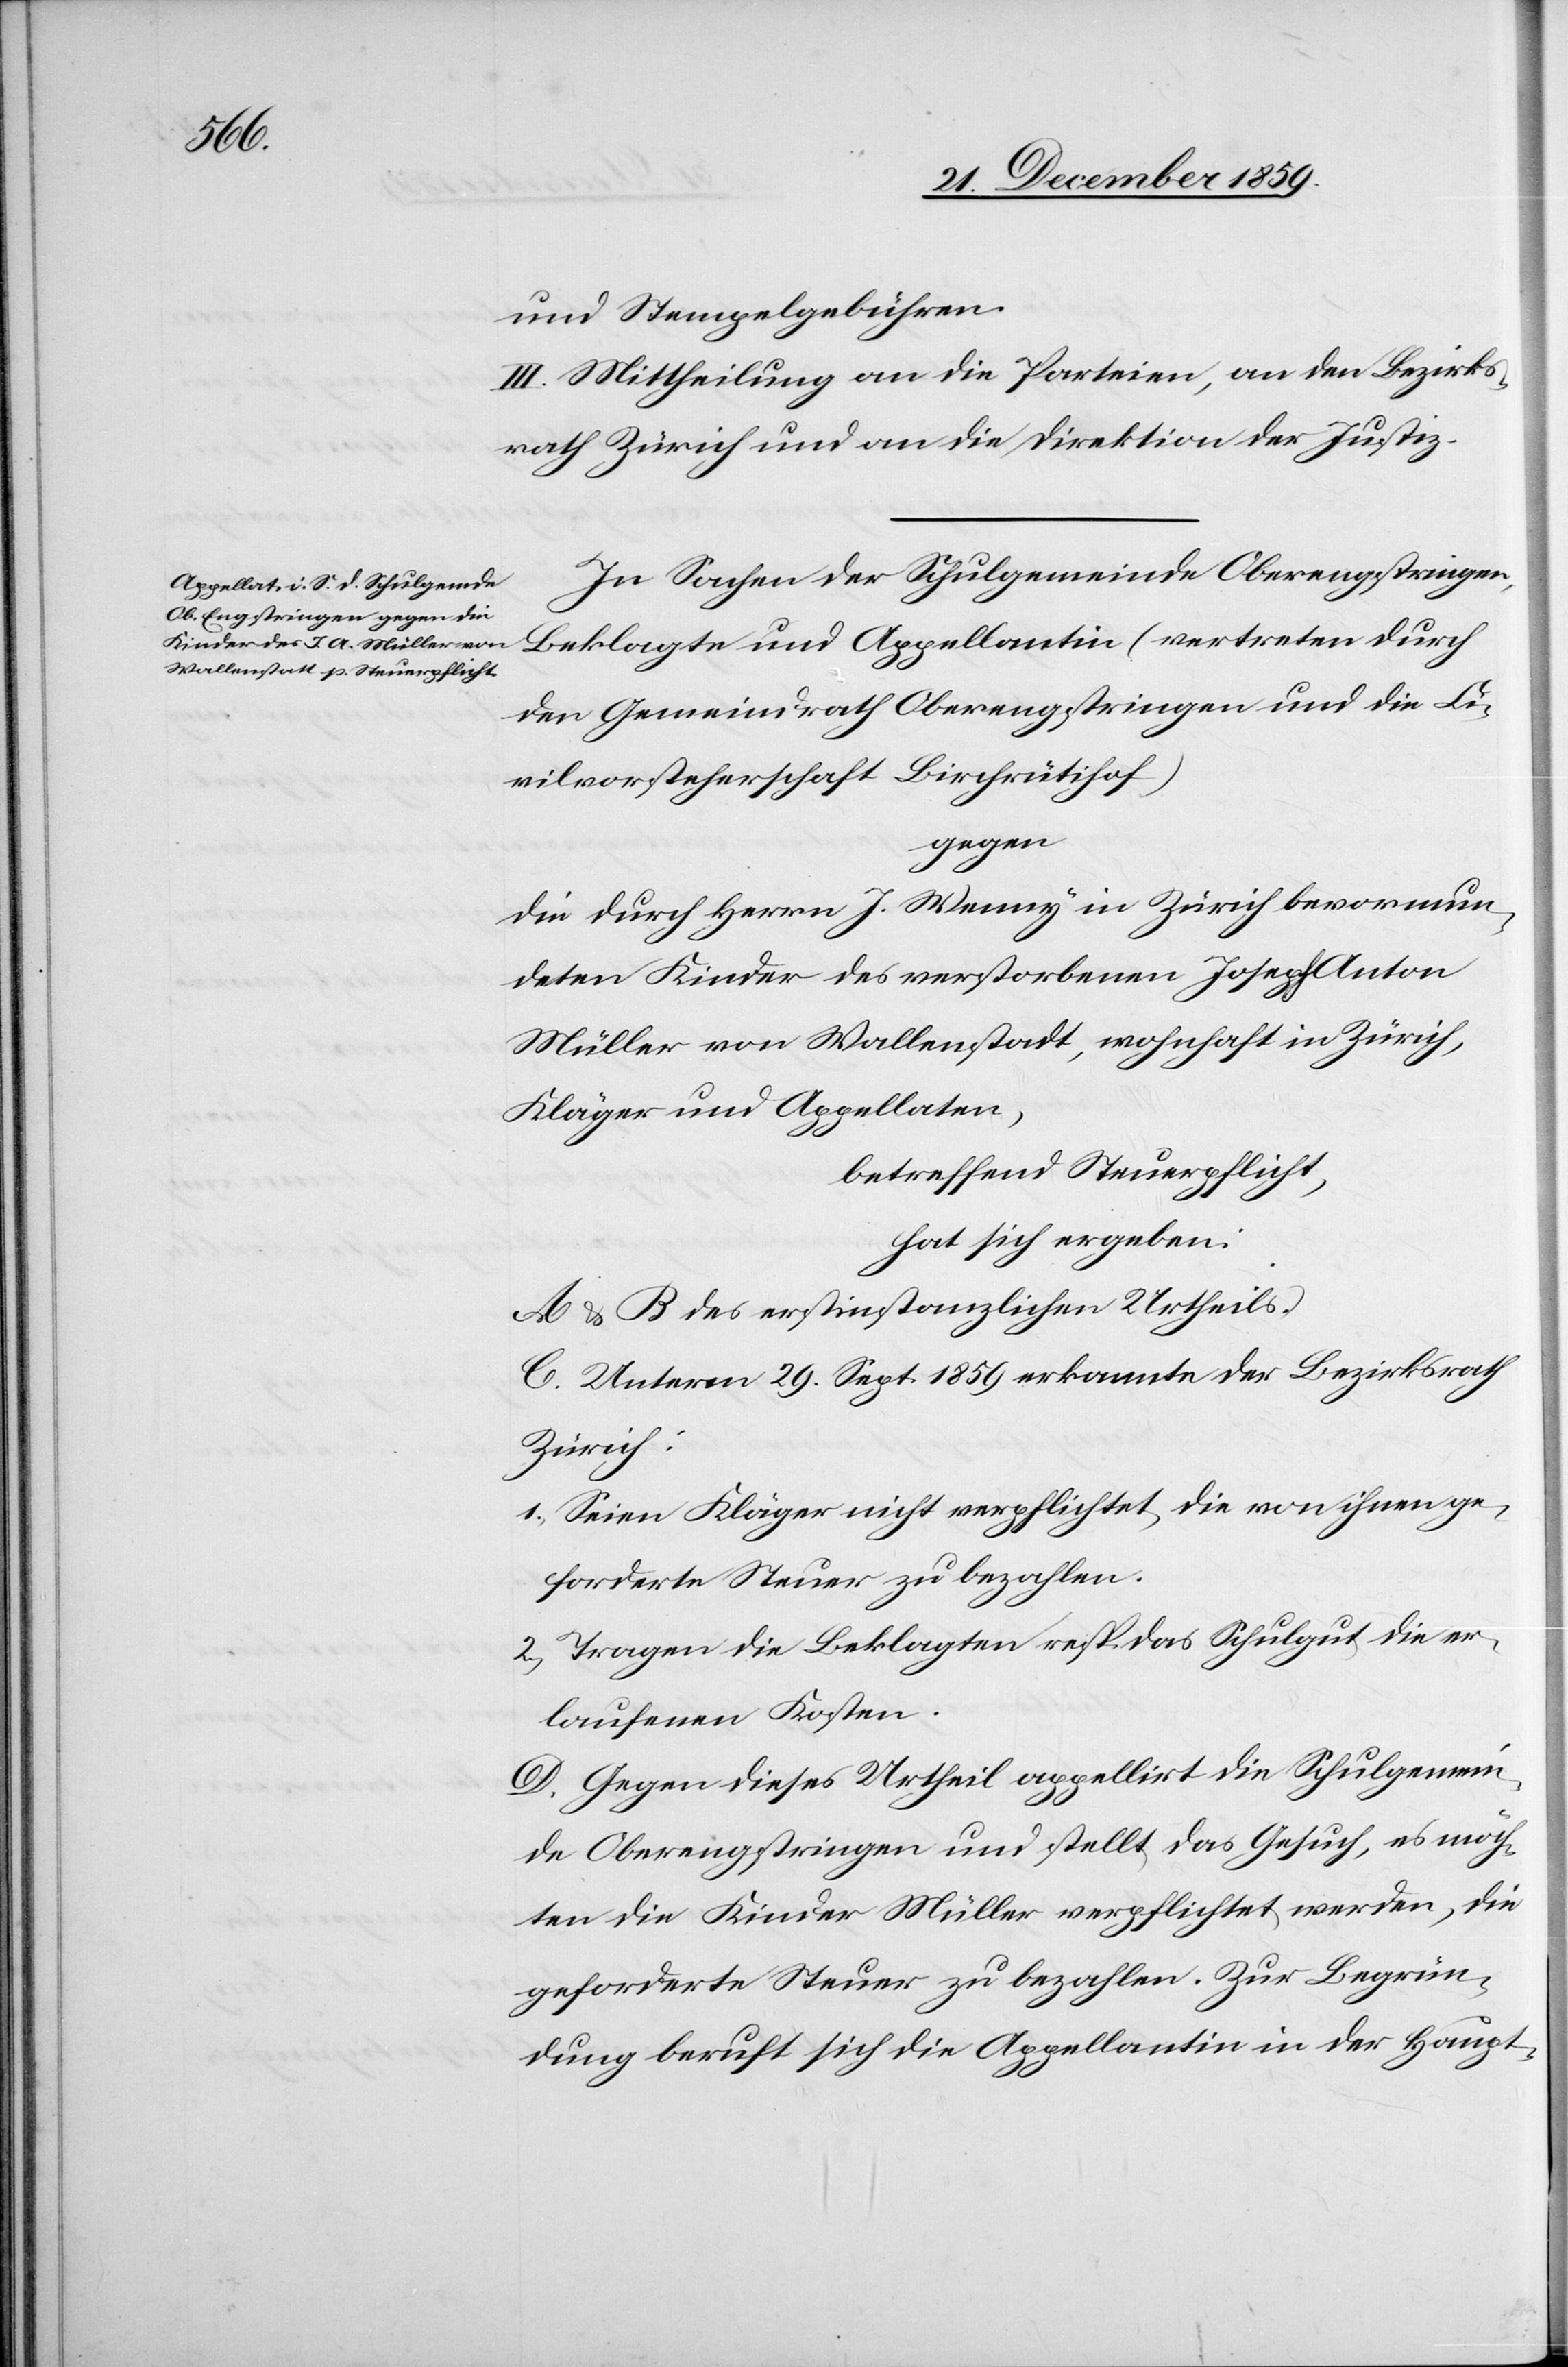
und Stempelgebühren.
III. Mittheilung an die Parteien, an den Bezirks¬
rath Zürich und an die Direktion der Justiz.
In Sachen der Schulgemeinde Oberengstringen,
Beklagte und Appellantin (vertreten durch
den Gemeindrath Oberengstringen und die Ci¬
vilvorsteherschaft Birchrütihof)
gegen
die durch Herrn J. Wenny in Zürich bevormun¬
deten Kinder des verstorbenen Joseph Anton
Müller von Wallenstadt, wohnhaft in Zürich,
Kläger und Appellaten,
betreffend Steuerpflicht,
hat sich ergeben:
A & B des erstinstanzlichen Urtheils.
C. Unterm 29. Sept. 1859 erkannte der Bezirksrath
Zürich:
1) Seien Kläger nicht verpflichtet, die von ihnen ge¬
forderte Steuer zu bezahlen.
2) Tragen die Beklagten resp. das Schulgut die er¬
laufenen Kosten.
D. Gegen dieses Urtheil appellirt die Schulgemein¬
de Oberengstringen und stellt das Gesuch, es möch¬
ten die Kinder Müller verpflichtet werden, die
geforderte Steuer zu bezahlen. Zur Begrün¬
dung beruft sich die Appellantin in der Haupt-